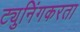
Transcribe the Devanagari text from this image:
ट्युनिंगकरता